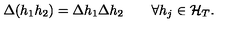
\Delta ( h _ { 1 } h _ { 2 } ) = \Delta h _ { 1 } \Delta h _ { 2 } \qquad \forall h _ { j } \in { \cal H } _ { T } .